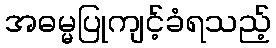
အဓမ္မပြုကျင့်ခံရသည့်